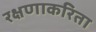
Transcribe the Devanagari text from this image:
रक्षणाकरिता